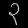
Digit: ၃